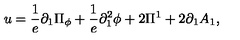
u = \frac { 1 } { e } \partial _ { 1 } \Pi _ { \phi } + \frac { 1 } { e } \partial _ { 1 } ^ { 2 } \phi + 2 \Pi ^ { 1 } + 2 \partial _ { 1 } A _ { 1 } ,